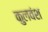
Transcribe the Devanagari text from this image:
कुलवंश